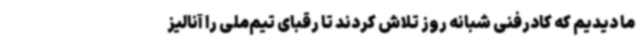
ما دیدیم که کادرفنی شبانه روز تلاش کردند تا رقبای تیم‌ملی را آنالیز